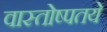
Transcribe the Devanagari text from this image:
वास्तोष्पतये